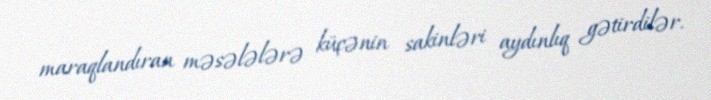
maraqlandıran məsələlərə küçənin sakinləri aydınlıq gətirdilər.